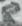
Text: 8